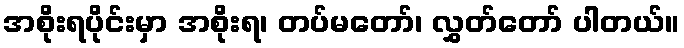
အစိုးရပိုင်းမှာ အစိုးရ၊ တပ်မတော်၊ လွှတ်တော် ပါတယ်။